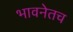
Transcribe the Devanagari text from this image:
भावनेतच